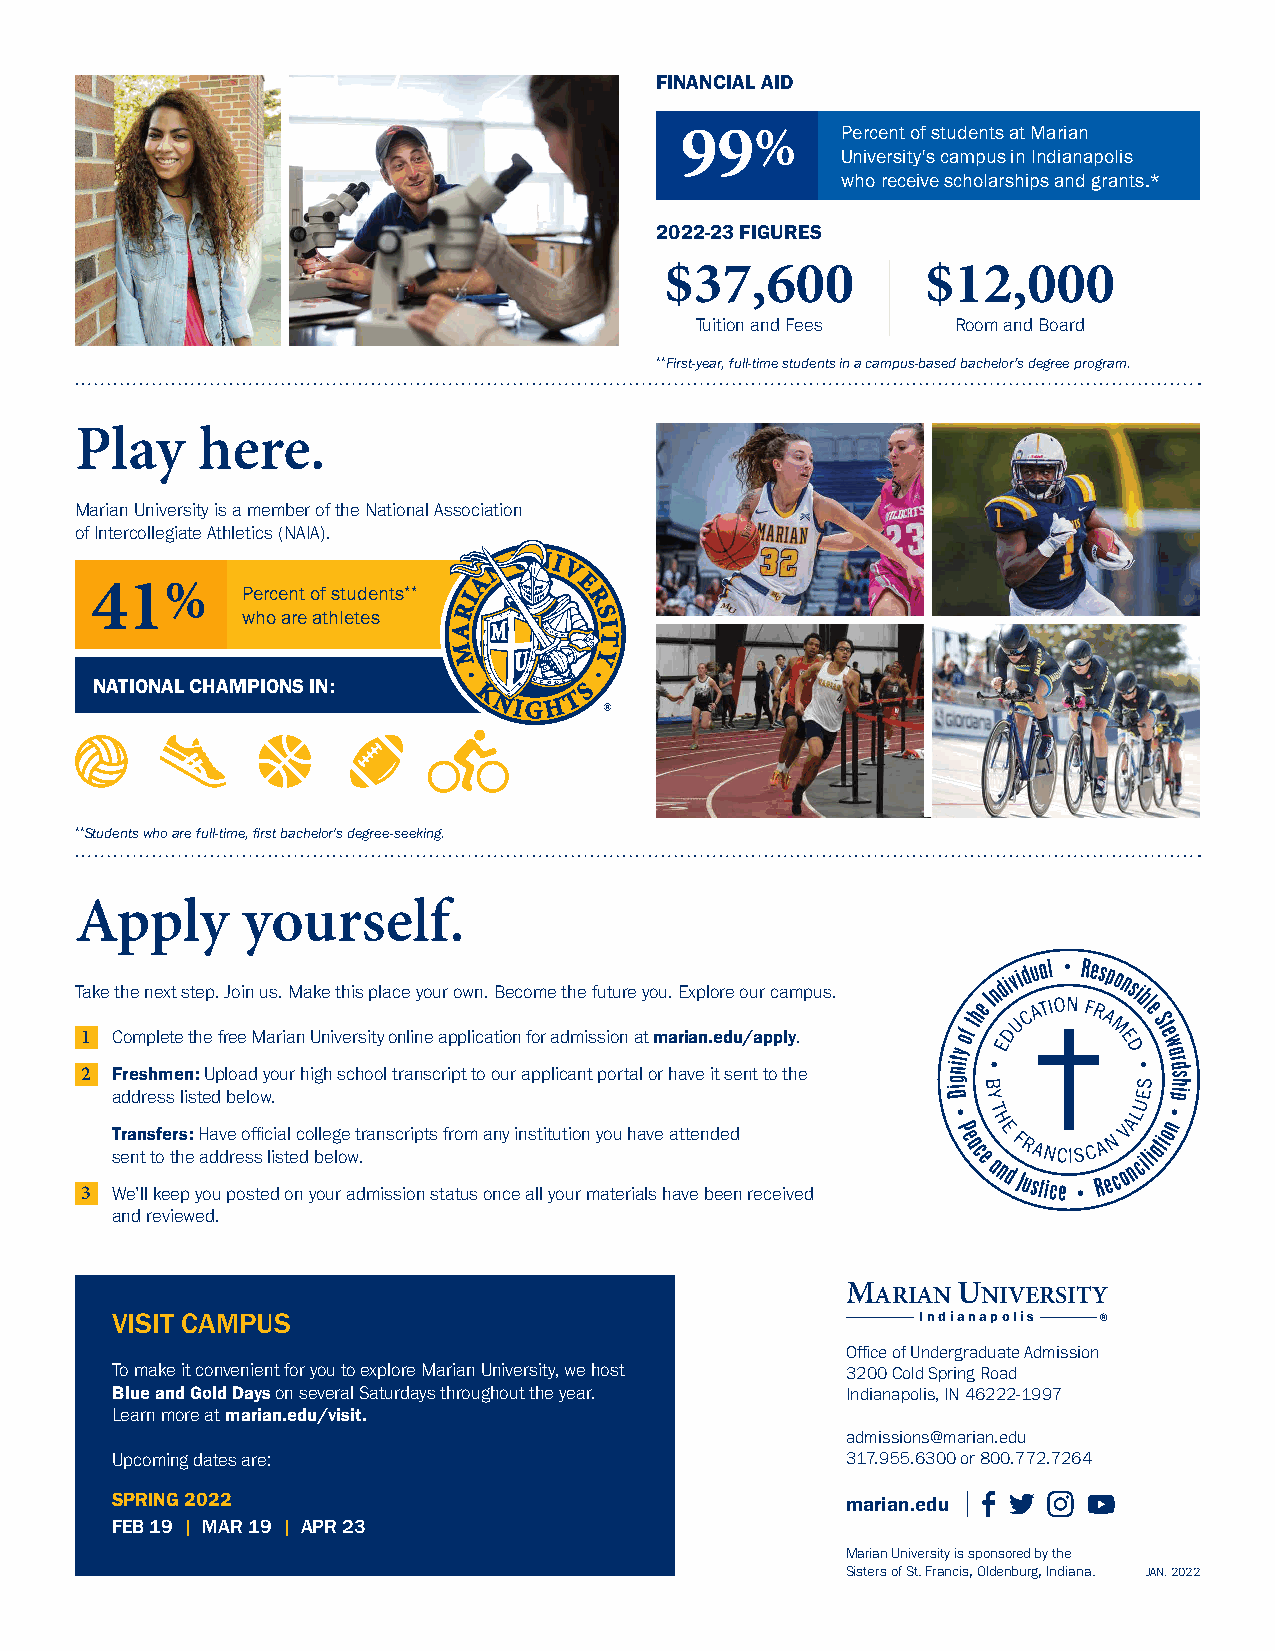
FINANCIAL AID
 99%        Percent of students at Marian
 University's campus in Indianapolis
 who receive scholarships and grants.*
 2022-23 FIGURES
 $37,600          $12,000
 Tuition and Fees Room and Board
 **First-year, full-time students in a campus-based bachelor’s degree program.
 Play    here.
 Marian University is a member of the National Association
 of Intercollegiate Athletics (NAIA).
 41%       Percent of students**
 who are athletes
 NATIONAL CHAMPIONS IN:
 **Students who are full-time, first bachelor's degree-seeking.
 Apply      yourself.
 Take the next step. Join us. Make this place your own. Become the future you. Explore our campus.
 1 Complete the free Marian University online application for admission at marian.edu/apply.
 2 Freshmen: Upload your high school transcript to our applicant portal or have it sent to the
 address listed below.
 Transfers: Have official college transcripts from any institution you have attended
 sent to the address listed below.
 3 We’ll keep you posted on your admission status once all your materials have been received
 and reviewed.
 MARIAN UNIVERSITY
 VISIT CAMPUS                                          Indianapolis ®
 Office of Undergraduate Admission
 To make it convenient for you to explore Marian University, we host 3200 Cold Spring Road
 Blue and Gold Days on several Saturdays throughout the year. Indianapolis, IN 46222-1997
 Learn more at marian.edu/visit.
 admissions@marian.edu
 Upcoming dates are:                              317.955.6300 or 800.772.7264
 SPRING 2022                                      marian.edu
 FEB 19 | MAR 19 | APR 23
 Marian University is sponsored by the
 Sisters of St. Francis, Oldenburg, Indiana. JAN. 2022